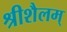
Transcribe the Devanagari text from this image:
श्रीशैलम्